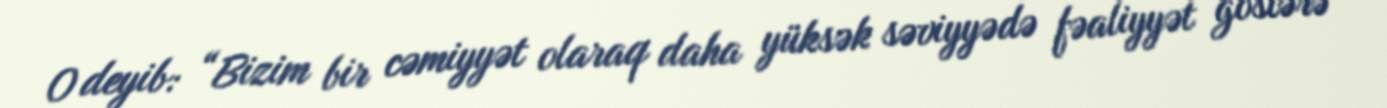
O deyib: “Bizim bir cəmiyyət olaraq daha yüksək səviyyədə fəaliyyət göstərə